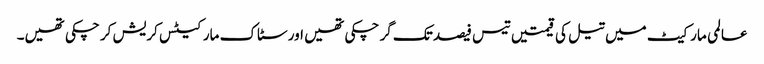
عالمی مارکیٹ میں تیل کی قیمتیں تیس فیصد تک گر چکی تھیں اور سٹاک مارکیٹس کریش کر چکی تھیں۔